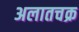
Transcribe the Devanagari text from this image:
अलातचक्र